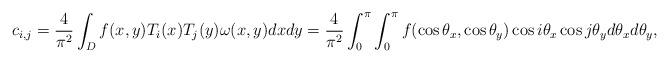
LaTeX: \begin{align*}c_{i,j} =\dfrac{4}{\pi^2} \int_Df(x,y)T_i(x)T_j(y)\omega(x,y)dxdy= \dfrac{4}{\pi^2}\int_{0}^{\pi}\int_{0}^{\pi}f(\cos\theta_x,\cos\theta_y)\cos i\theta_x \cos j\theta_y d\theta_x d\theta_y,\end{align*}